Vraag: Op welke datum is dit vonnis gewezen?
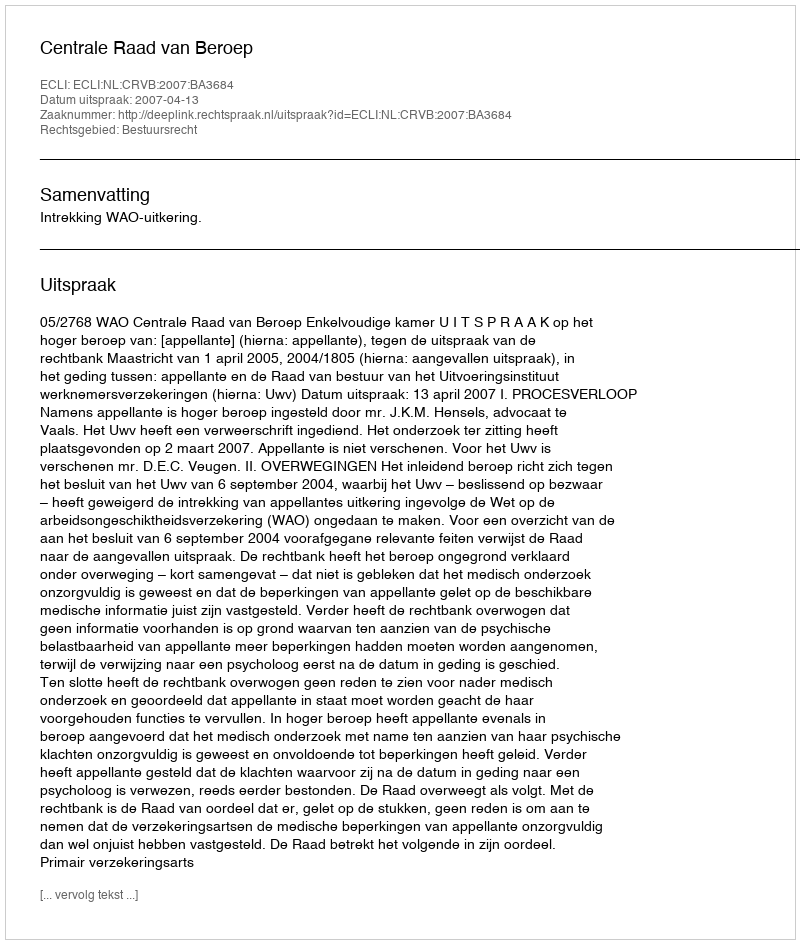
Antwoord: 2007-04-13